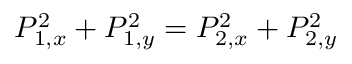
P _ { 1 , x } ^ { 2 } + P _ { 1 , y } ^ { 2 } = P _ { 2 , x } ^ { 2 } + P _ { 2 , y } ^ { 2 }